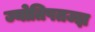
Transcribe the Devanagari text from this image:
ज्योतिषतज्ज्ञ